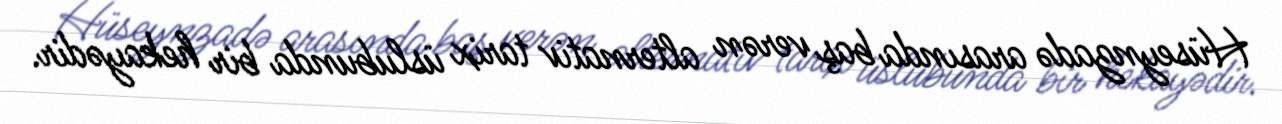
Hüseynzadə arasında baş verən alternativ tarix üslubunda bir hekayədir.